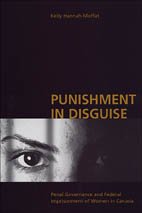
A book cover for Punishment in Disguise: Penal Governance and Canadian Women's Imprisonment; Kelly Hannah-Moffat; Law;